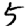
Digit: 5